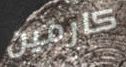
كارمين